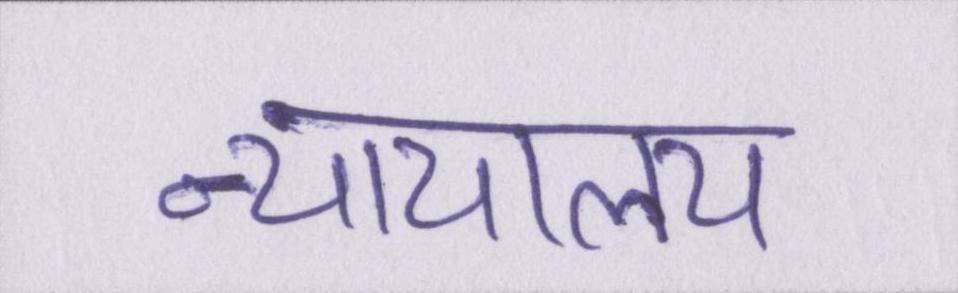
न्यायालय